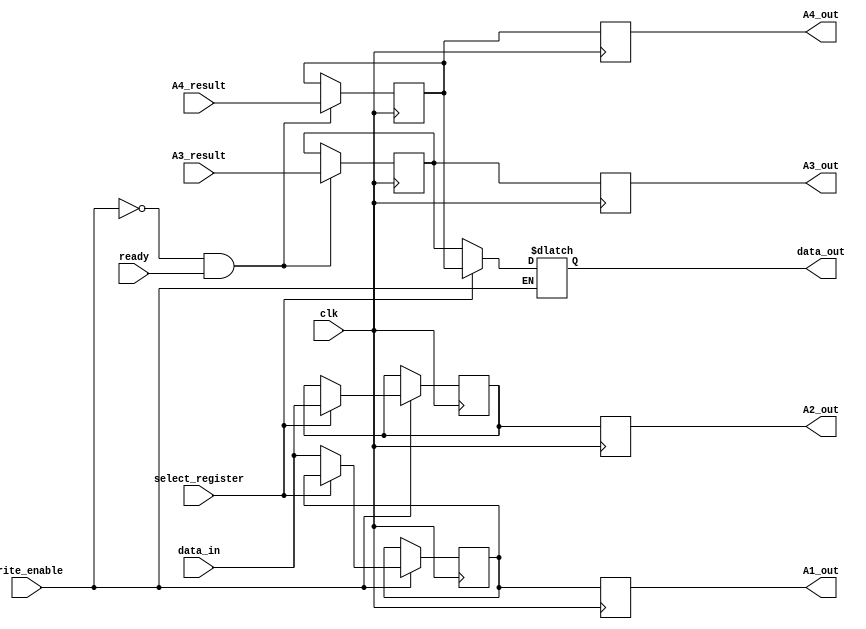
module register_file (
    input clk,
    input [511:0] data_in,
    input [511:0] A3_result,
    input [511:0] A4_result,
    input write_enable,
    input select_register,
    input ready,
    output reg [511:0] data_out,
    output reg [511:0] A1_out,
    output reg [511:0] A2_out,
    output reg [511:0] A3_out,
    output reg [511:0] A4_out
);
    reg [511:0] A1, A2, A3, A4;

    always @(posedge clk) begin
        if (write_enable) begin
            case (select_register)
                1'b0: A1 <= data_in;
                1'b1: A2 <= data_in;
            endcase
        end
        if (!write_enable && ready) begin
            A3 <= A3_result;
            A4 <= A4_result;
        end
        A1_out <= A1;
        A2_out <= A2;
        A3_out <= A3;
        A4_out <= A4;
    end

    always @(*) begin
        if (!write_enable) begin
            case (select_register)
                1'b0: data_out = A3;
                1'b1: data_out = A4;
            endcase
        end
    end

endmodule